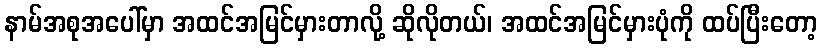
နာမ်အစုအပေါ်မှာ အထင်အမြင်မှားတာလို့ ဆိုလိုတယ်၊ အထင်အမြင်မှားပုံကို ထပ်ပြီးတော့